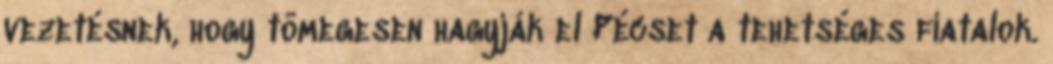
vezetésnek, hogy tömegesen hagyják el Pécset a tehetséges fiatalok.